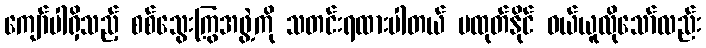
ကျော်ပါရှိသည့် စစ်သွေးကြွအဖွဲ့ကို သတင်းရထားပါတယ် မထုတ်နိုင် ဝယ်ယူလိုသော်လည်း